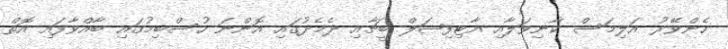
ހެންވޭރު އަލިމަސް ކާނިވަލާއި އާޓިފިޝަލް ބީޗާއި ދެމެދުގައި އޮންނަ ހުސްބިމުގައި ބާއްވާފައި އޮތް